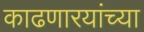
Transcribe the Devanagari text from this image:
काढणारयांच्या